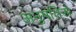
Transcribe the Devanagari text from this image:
अनुमतिसे